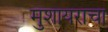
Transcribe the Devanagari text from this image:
मुशायराचा